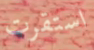
استقرت